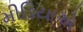
મીડિયાએ